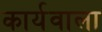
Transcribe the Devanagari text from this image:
कार्यवाला